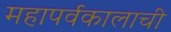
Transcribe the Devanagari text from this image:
महापर्वकालाची